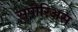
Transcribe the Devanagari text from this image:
सुपीरिअस